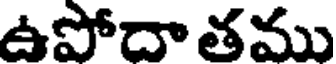
ఉపోదా తము